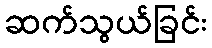
ဆက်သွယ်ခြင်း